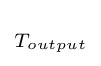
\scriptstyle T_{output}